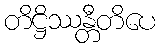
တိဋ္ဌိဿန္တီတိပေ